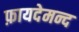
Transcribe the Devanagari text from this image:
फ़ायदेमन्द